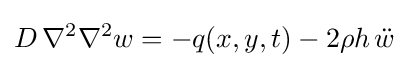
D\,\nabla ^{2}\nabla ^{2}w=-q(x,y,t)-2\rho h\,{\ddot {w}}